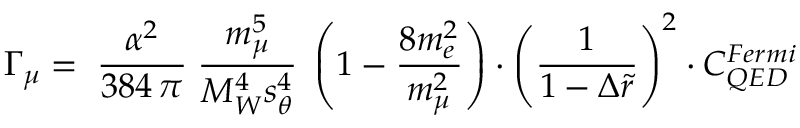
\Gamma _ { \mu } = \; \frac { \alpha ^ { 2 } } { 3 8 4 \, \pi } \; \frac { m _ { \mu } ^ { 5 } } { M _ { W } ^ { 4 } s _ { \theta } ^ { 4 } } \; \left( 1 - \frac { 8 m _ { e } ^ { 2 } } { m _ { \mu } ^ { 2 } } \right) \cdot \left( \frac { 1 } { 1 - \Delta \tilde { r } } \right) ^ { 2 } \cdot C _ { Q E D } ^ { F e r m i }